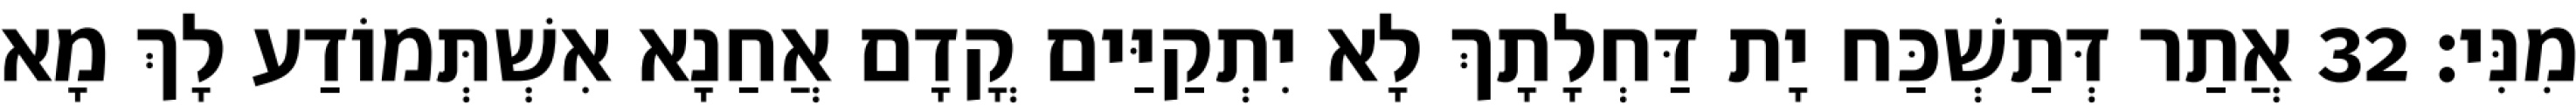
מִנִּי׃ 32 אֲתַר דְּתַשְׁכַּח יָת דַּחְלָתָךְ לָא יִתְקַיַּים קֳדָם אֲחַנָא אִשְׁתְּמוֹדַע לָךְ מָא